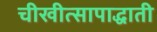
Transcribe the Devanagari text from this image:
चीखीत्सापाद्धाती